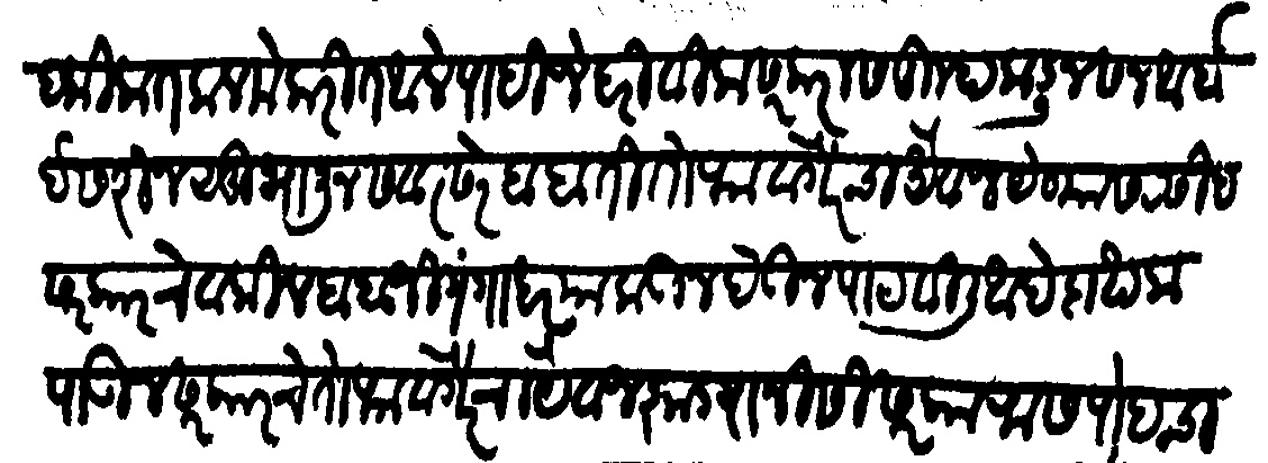
Transliteration (Devanagari): हकिकत कलमे करीत आले पाहिजे दरीवीला सरकारास तुम्हाकडून सन आर्बा असरीन सुभानू संवत्सर बाबती तोफा वगैरेचा यैवज येण्यास रसिद सरकारचे वकील बाबाजी गंगाधर याकडे देऊन पाठविली आहे दाखला पाऊन सरकारचा तोफा वगैरेचा यैवज झाड्यानीसी सरकारास पोहचावणे